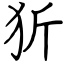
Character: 㹞